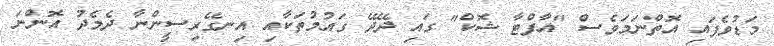
މަޑުވެފައި އޮތްނަމަވެސް "އާފްޓާ ޝޮކް" ގައި ދޭދޭ ގައުމުތަކާއި އިނގޭރިސީންނާ ދެމެދު އޮންނަ